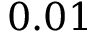
0 . 0 1